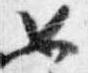
如